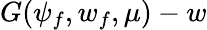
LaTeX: G(\psi_{f},w_{f},\mu)-w